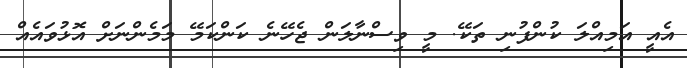
އެއީ އަމިއްލަ ކުންފުނި ތަކޭ. މީ ވިސްނާލަން ޖެހޭނެ ކަންކަމޭ މަމެންނަށް އޮޅުވައެއް